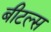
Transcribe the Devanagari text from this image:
बीटल्‍स